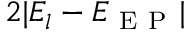
2 | E _ { l } - E _ { \mathrm { ~ E ~ P ~ } } |